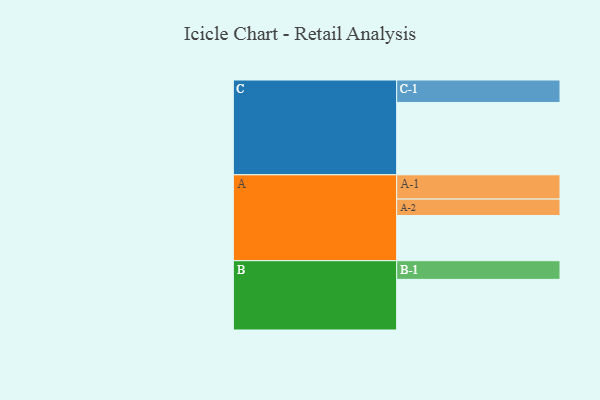
{"axis": {"x": "Segment", "y": "Value"}, "legend": ["", "A", "B", "C"], "data": [{"x": "A", "y": 370, "type": ""}, {"x": "B", "y": 415, "type": ""}, {"x": "C", "y": 593, "type": ""}, {"x": "A-1", "y": 199, "type": "A"}, {"x": "A-2", "y": 135, "type": "A"}, {"x": "B-1", "y": 153, "type": "B"}, {"x": "C-1", "y": 184, "type": "C"}]}